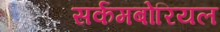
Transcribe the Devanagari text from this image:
सर्कमबोरियल